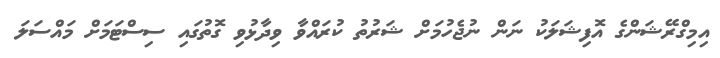
އިމިގްރޭޝަންގެ އޮފިޝަލަކު ނަން ނުޖެހުމަށް ޝަރުތު ކުރައްވާ ވިދާޅުވި ގޮތުގައި ސިސްޓަމަށް މައްސަލަ